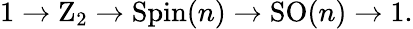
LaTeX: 1\to\mathrm{Z}_{2}\to\operatorname{Spin}(n)\to\operatorname{SO}(n)\to 1.